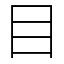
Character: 目